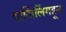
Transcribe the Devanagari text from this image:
दार्जिलिंगहून